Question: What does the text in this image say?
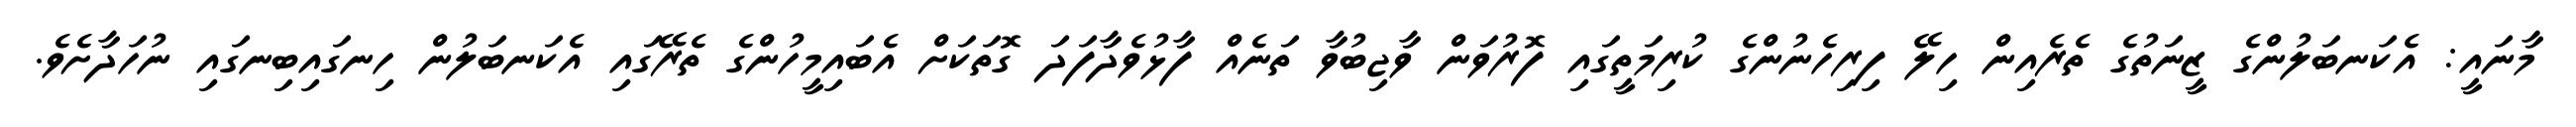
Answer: މާނައީ: އެކަނބަލުންގެ ޒީނަތުގެ ތެރެއިން ހިލޭ ފިރިހެނުންގެ ކުރިމަތީގައި ފޮރުވަން ވާޖިބުވާ ތަނެއް ފާޅުވެދާފަދަ ގޮތަކަށް އެބައިމީހުންގެ ތެރޭގައި އެކަނބަލުން ހިނގައިބިނގައި ނުހަދާށެވެ.